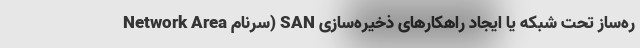
ره‌ساز تحت شبکه یا ایجاد راهکارهای ذخیره‌سازی SAN (سرنام Network Area